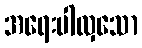
အရေးပါလှသော